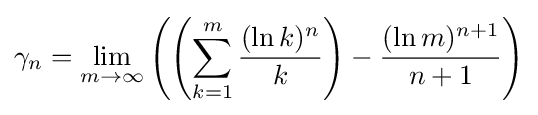
\gamma _{n}=\lim _{m\rightarrow \infty }{\left(\left(\sum _{k=1}^{m}{\frac {(\ln k)^{n}}{k}}\right)-{\frac {(\ln m)^{n+1}}{n+1}}\right)}